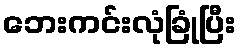
ဘေးကင်းလုံခြုံပြီး